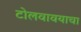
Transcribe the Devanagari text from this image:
टोलवावयाचा